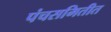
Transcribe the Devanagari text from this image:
पंचसमितीत